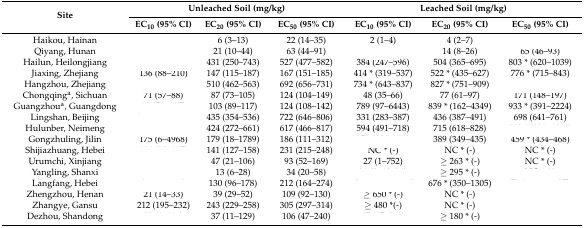
<table><thead><tr><td rowspan="2"><b>Site</b></td><td colspan="3"><b>Unleached Soil (mg/kg)</b></td><td colspan="3"><b>Leached Soil (mg/kg)</b></td></tr><tr><td><b>EC<sub>10</sub> (95% CI)</b></td><td><b>EC<sub>20</sub> (95% CI)</b></td><td><b>EC<sub>50</sub> (95% CI)</b></td><td><b>EC<sub>10</sub> (95% CI)</b></td><td><b>EC<sub>20</sub> (95% CI)</b></td><td><b>EC<sub>50</sub> (95% CI)</b></td></tr></thead><tbody><tr><td>Haikou, Hainan</td><td>[EMPTY_CELL]</td><td>6 (3–13)</td><td>22 (14–35)</td><td>2 (1–4)</td><td>4 (2–7)</td><td>[EMPTY_CELL]</td></tr><tr><td>Qiyang, Hunan</td><td>[EMPTY_CELL]</td><td>21 (10–44)</td><td>63 (44–91)</td><td>[EMPTY_CELL]</td><td>14 (8–26)</td><td>65 (46–93)</td></tr><tr><td>Hailun, Heilongjiang</td><td>[EMPTY_CELL]</td><td>431 (250–743)</td><td>527 (477–582)</td><td>384 (247–596)</td><td>504 (365–695)</td><td>803 * (620–1039)</td></tr><tr><td>Jiaxing, Zhejiang</td><td>136 (88–210)</td><td>147 (115–187)</td><td>167 (151–185)</td><td>414 * (319–537)</td><td>522 * (435–627)</td><td>776 * (715–843)</td></tr><tr><td>Hangzhou, Zhejiang</td><td>[EMPTY_CELL]</td><td>510 (462–563)</td><td>692 (656–731)</td><td>734 * (643–837)</td><td>827 * (751–909)</td><td>[EMPTY_CELL]</td></tr><tr><td>Chongqing<sup>a</sup>, Sichuan</td><td>71 (57–88)</td><td>87 (73–105)</td><td>124 (104–149)</td><td>48 (35–66)</td><td>77 (61–97)</td><td>171 (148–197)</td></tr><tr><td>Guangzhou<sup>a</sup>, Guangdong</td><td>[EMPTY_CELL]</td><td>103 (89–117)</td><td>124 (108–142)</td><td>789 (97–6443)</td><td>839 * (162–4349)</td><td>933 * (391–2224)</td></tr><tr><td>Lingshan, Beijing</td><td>[EMPTY_CELL]</td><td>435 (354–536)</td><td>722 (646–806)</td><td>331 (283–387)</td><td>436 (387–491)</td><td>698 (641–761)</td></tr><tr><td>Hulunber, Neimeng</td><td>[EMPTY_CELL]</td><td>424 (272–661)</td><td>617 (466–817)</td><td>594 (491–718)</td><td>715 (618–828)</td><td>[EMPTY_CELL]</td></tr><tr><td>Gongzhuling, Jilin</td><td>175 (6–4968)</td><td>179 (18–1789)</td><td>186 (111–312)</td><td>[EMPTY_CELL]</td><td>389 (349–435)</td><td>459 * (434–468)</td></tr><tr><td>Shijiazhuang, Hebei</td><td>[EMPTY_CELL]</td><td>141 (127–158)</td><td>231 (215–248)</td><td>NC * (-)</td><td>NC * (-)</td><td>NC * (-)</td></tr><tr><td>Urumchi, Xinjiang</td><td>[EMPTY_CELL]</td><td>47 (21–106)</td><td>93 (52–169)</td><td>27 (1–752)</td><td>≥ 263 * (-)</td><td>NC * (-)</td></tr><tr><td>Yangling, Shanxi</td><td>[EMPTY_CELL]</td><td>13 (6–28)</td><td>34 (20–58)</td><td>[EMPTY_CELL]</td><td>≥ 295 * (-)</td><td>[EMPTY_CELL]</td></tr><tr><td>Langfang, Hebei</td><td>[EMPTY_CELL]</td><td>130 (96–178)</td><td>212 (164–274)</td><td>[EMPTY_CELL]</td><td>676 * (350–1305)</td><td>[EMPTY_CELL]</td></tr><tr><td>Zhengzhou, Henan</td><td>21 (14–33)</td><td>39 (29–52)</td><td>109 (92–130)</td><td>≥ 650 * (-)</td><td>NC * (-)</td><td>[EMPTY_CELL]</td></tr><tr><td>Zhangye, Gansu</td><td>212 (195–232)</td><td>243 (229–258)</td><td>305 (297–314)</td><td>≥ 480 *(-)</td><td>NC * (-)</td><td>[EMPTY_CELL]</td></tr><tr><td>Dezhou, Shandong</td><td>[EMPTY_CELL]</td><td>37 (11–129)</td><td>106 (47–240)</td><td>[EMPTY_CELL]</td><td>≥ 180 * (-)</td><td>[EMPTY_CELL]</td></tr></tbody></table>